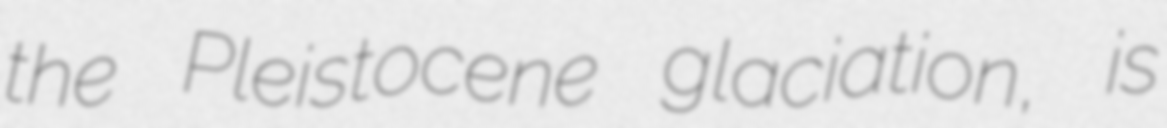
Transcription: the Pleistocene glaciation, is